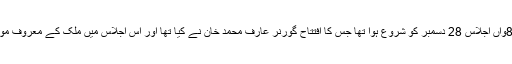
انڈین ہسٹری کانگریس کا80واں اجلاس 28 دسمبر کو شروع ہوا تھا جس کا افتتاح گورنر عارف محمد خان نے کیا تھا اور اس اجلاس میں ملک کے معروف مورخ شرکت کر رہے تھے ۔